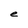
Character: e